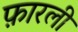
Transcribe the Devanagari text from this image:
फ़ारली